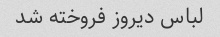
لباس دیروز فروخته شد